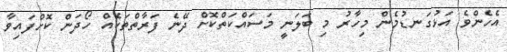
އެހެންވެ އަޅުގަނޑުމެން މިހާރު މި ބަލަނީ މަސައްކަތްކޮށް ދޭނެ ފަރާތްތަކެއް ހޯދަން ކޮށްފައިވާ